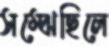
সম্‌ঝেছিলে